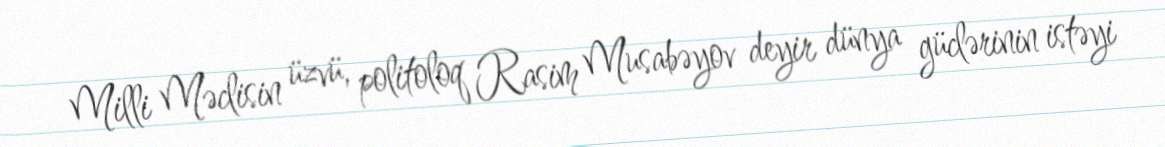
Milli Məclisin üzvü, politoloq Rasim Musabəyov deyir dünya güclərinin istəyi